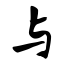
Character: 与